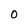
Character: O